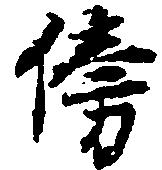
傍